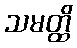
သမတ္ထိ